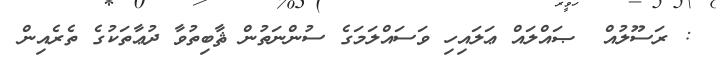
: ރަސޫލުއް  ޞައްލައް ޢަލައިހި ވަސައްލަމަގެ ސުންނަތުން ޘާބިތުވާ ދުޢާތަކުގެ ތެރެއިން